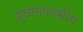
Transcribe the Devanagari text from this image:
मुक्ताकाशीय